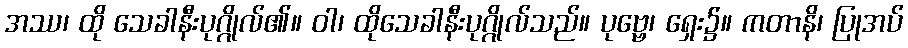
အဿ၊ ထို သေခါနီးပုဂ္ဂိုလ်၏။ ဝါ၊ ထိုသေခါနီးပုဂ္ဂိုလ်သည်။ ပုဗ္ဗေ၊ ရှေး၌။ ကတာနိ၊ ပြုအပ်